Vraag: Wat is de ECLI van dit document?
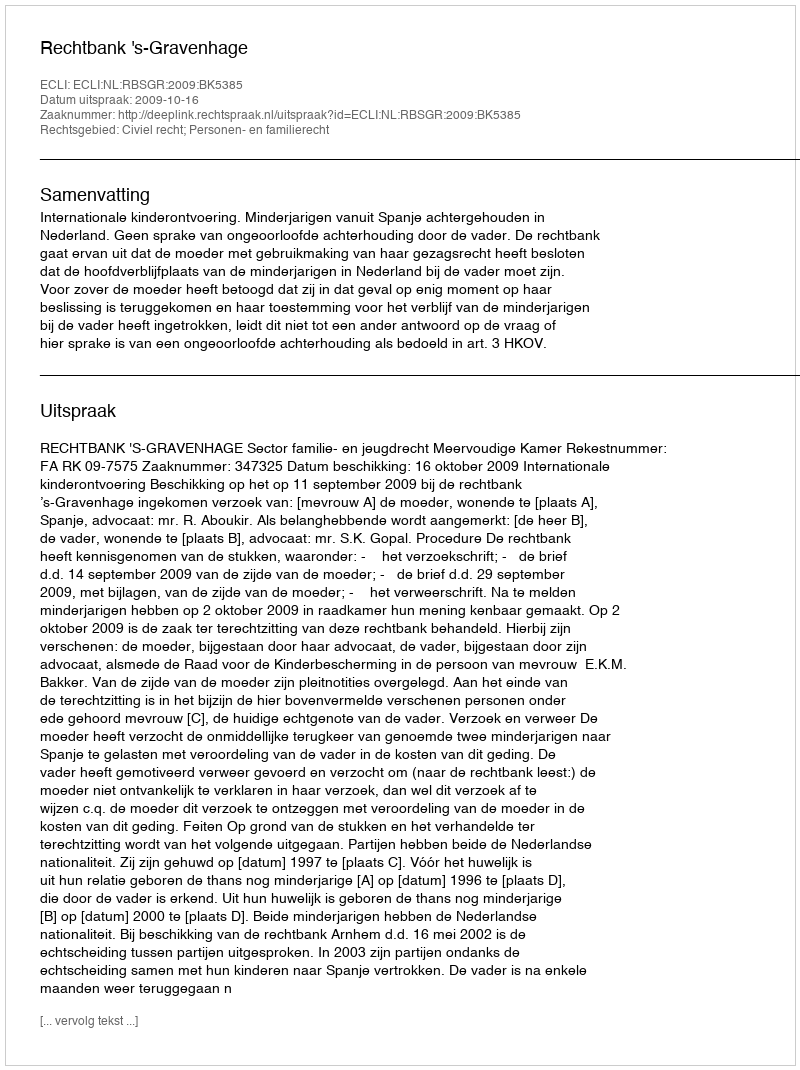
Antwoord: ECLI:NL:RBSGR:2009:BK5385